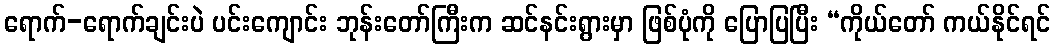
ရောက်-ရောက်ချင်းပဲ ပင်းကျောင်း ဘုန်းတော်ကြီးက ဆင်နင်းရွားမှာ ဖြစ်ပုံကို ပြောပြပြီး “ကိုယ်တော် ကယ်နိုင်ရင်